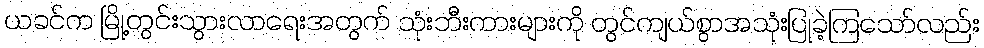
ယခင်က မြို့တွင်းသွားလာရေးအတွက် သုံးဘီးကားများကို တွင်ကျယ်စွာအသုံးပြုခဲ့ကြသော်လည်း